Annual administration report of the Civil Veterinary Department of India - 1898-1899
Year: 1898
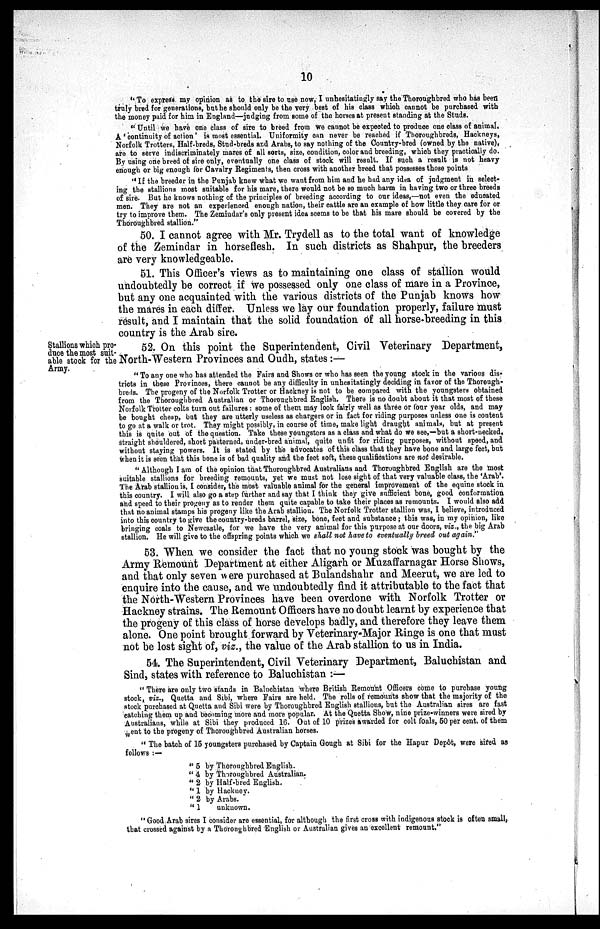
10
"To express my opinion as to the sire to use now, I unhesitatingly say the Thoroughbred who has been
truly bred for generations, but he should only be the very best of his class which cannot be purchased with
the money paid for him in England—judging from some of the horses at present standing at the Studs.
"Until we have one class of sire to breed from we cannot be expected to produce one class of animal.
A 'continuity of action' is most essential. Uniformity can never be reached if Thoroughbreds, Hackneys,
Norfolk Trotters, Half-breds, Stud-breds and Arabs, to say nothing of the Country-bred (owned by the native),
are to serve indiscriminately mares of all sorts, size, condition, color and breeding, which they practically do.
By using one breed of sire only, eventually one class of stock will result. If such a result is not heavy
enough or big enough for Cavalry Regiments, then cross with another breed that possesses those points
"If the breeder in the Punjab knew what we want from him and he had any idea of judgment in select-
ing the stallions most suitable for his mare, there would not be so much harm in having two or three breeds
of sire. But he knows nothing of the principles of breeding according to our ideas,—not even the educated
men. They are not an experienced enough nation, their cattle are an example of how little they care for or
try to improve them. The Zemindar's only present idea seems to be that his mare should be covered by the
Thoroughbred stallion."
50. I cannot agree with Mr. Trydell as to the total want of knowledge
of the Zemindar in horseflesh. In such districts as Shahpur, the breeders
are very knowledgeable.
51. This Officer's views as to maintaining one class of stallion would
undoubtedly be correct if we possessed only one class of mare in a Province,
but any one acquainted with the various districts of the Punjab knows how
the mares in each differ. Unless we lay our foundation properly, failure must
result, and I maintain that the solid foundation of all horse-breeding in this
country is the Arab sire.
Stallions which pro-
duce the most suit-
able stock for the
Army.
52. On this point the Superintendent, Civil Veterinary Department,
North-Western Provinces and Oudh, states:—
"To any one who has attended the Fairs and Shows or who has seen the young stock in the various dis-
tricts in these Provinces, there cannot be any difficulty in unhesitatingly deciding in favor of the Thorough-
breds. The progeny of the Norfolk Trotter or Hackney is not to be compared with the youngsters obtained
from the Thoroughbred Australian or Thoroughbred English. There is no doubt about it that most of these
Norfolk Trotter colts turn out failures: some of them may look fairly well as three or four year olds, and may
be bought cheap, but they are utterly useless as chargers or in fact for riding purposes unless one is content
to go at a walk or trot. They might possibly, in course of time, make light draught animals, but at present
this is quite out of the question. Take these youngsters as a class and what do we see,—but a short-necked,
straight shouldered, short pasterned, under-bred animal, quite unfit for riding purposes, without speed, and
without staying powers. It is stated by the advocates of this class that they have bone and large feet, but
when it is seen that this bone is of bad quality and the feet soft, these qualifications are not desirable.
"Although I am of the opinion that Thoroughbred Australians and Thoroughbred English are the most
suitable stallions for breeding remounts, yet we must not lose sight of that very valuable class, the 'Arab'.
The Arab stallion is, I consider, the most valuable animal for the general improvement of the equine stock in
this country. I will also go a step further and say that I think they give sufficient bone, good conformation
and speed to their progeny as to render them quite capable to take their places as remounts. I would also add
that no animal stamps his progeny like the Arab stallion. The Norfolk Trotter stallion was, I believe, introduced
into this country to give the country-breds barrel, size, bone, feet and substance; this was, in my opinion, like
bringing coals to Newcastle, for we have the very animal for this purpose at our doors, viz., the big Arab
stallion. He will give to the offspring points which we shall not have to eventually breed out again."
53. When we consider the fact that no young stock was bought by the
Army Remount Department at either Aligarh or Muzaffarnagar Horse Shows,
and that only seven were purchased at Bulandshahr and Meerut, we are led to
enquire into the cause, and we undoubtedly find it attributable to the fact that
the North-Western Provinces have been overdone with Norfolk Trotter or
Hackney strains. The Remount Officers have no doubt learnt by experience that
the progeny of this class of horse develops badly, and therefore they leave them
alone. One point brought forward by Veterinary-Major Ringe is one that must
not be lost sight of, viz., the value of the Arab stallion to us in India.
54. The Superintendent, Civil Veterinary Department, Baluchistan and
Sind, states with reference to Baluchistan:—
"There are only two stands in Baluchistan where British Remount Officers come to purchase young
stock, viz., Quetta and Sibi, where Fairs are held. The rolls of remounts show that the majority of the
stock purchased at Quetta and Sibi were by Thoroughbred English stallions, but the Australian sires are fast
catching them up and becoming more and more popular. At the Quetta Show, nine prize-winners were sired by
Australians, while at Sibi they produced 16. Out of 10 prizes awarded for colt foals, 50 per cent. of them
went to the progeny of Thoroughbred Australian horses.
"The batch of 15 youngsters purchased by Captain Gough at Sibi for the Hapur Depôt, were sired as
follows:—
"5 by Thoroughbred English.
"4 by Thoroughbred Australian.
"2 by Half-bred English.
"1 by Hackney.
"2 by Arabs.
"1
unknown.
"Good Arab sires I consider are essential, for although the first cross with indigenous stock is often small,
that crossed against by a Thoroughbred English or Australian gives an excellent remount."